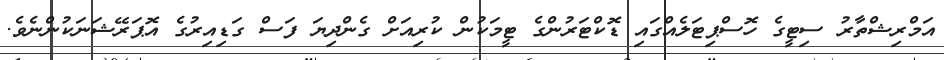
އަމްރިޝްތާރު ސިޓީގެ ހޮސްޕިޓަލެއްގައި ޑޮކްޓަރުންގެ ޓީމަކުން ކުރިއަށް ގެންދިޔަ ފަސް ގަޑިއިރުގެ އޮޕަރޭޝަނަކުންނެވެ.